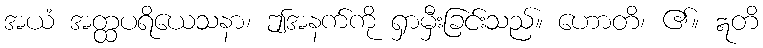
အယံ အတ္ထပရိယေသနာ၊ ဤအနက်ကို ရှာမှီးခြင်းသည်။ ဟောတိ၊ ၏။ ဣတိ